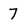
Character: 7